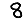
Digit: 8